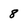
Character: 8